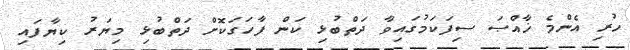
ހުރި އެންމެ ޚާއްޞަ ސިފަކަމުގައިވާ ދަތްބުޅި ކަން ފާހަގަކޮށް ދަތްބުޅި މިޔަރު ކިޔާފައި